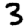
Digit: 3